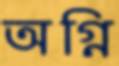
অগ্নি